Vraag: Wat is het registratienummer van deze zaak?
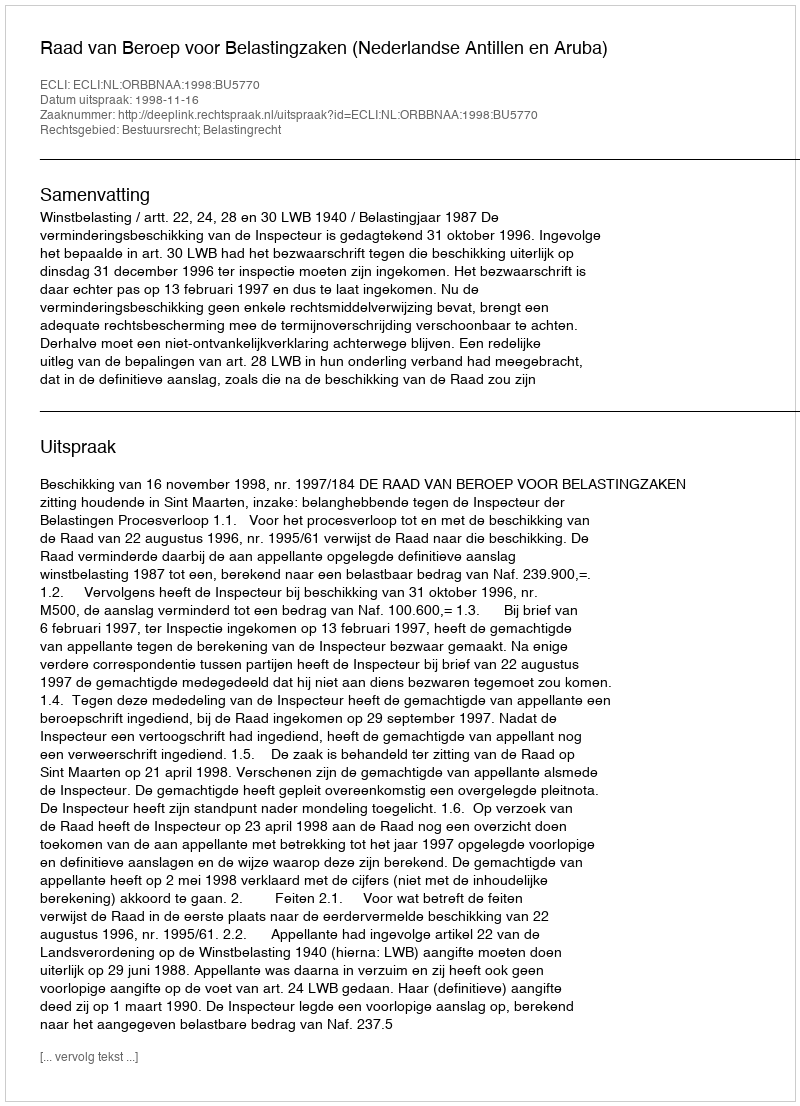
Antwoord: http://deeplink.rechtspraak.nl/uitspraak?id=ECLI:NL:ORBBNAA:1998:BU5770